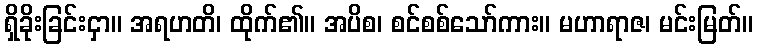
ရှိခိုးခြင်းငှာ။ အရဟတိ၊ ထိုက်၏။ အပိစ၊ စင်စစ်သော်ကား။ မဟာရာဇ၊ မင်းမြတ်။